Civil Veterinary Dept. North-West Frontier Province 1923-32 - 1923-1932
Year: 1923
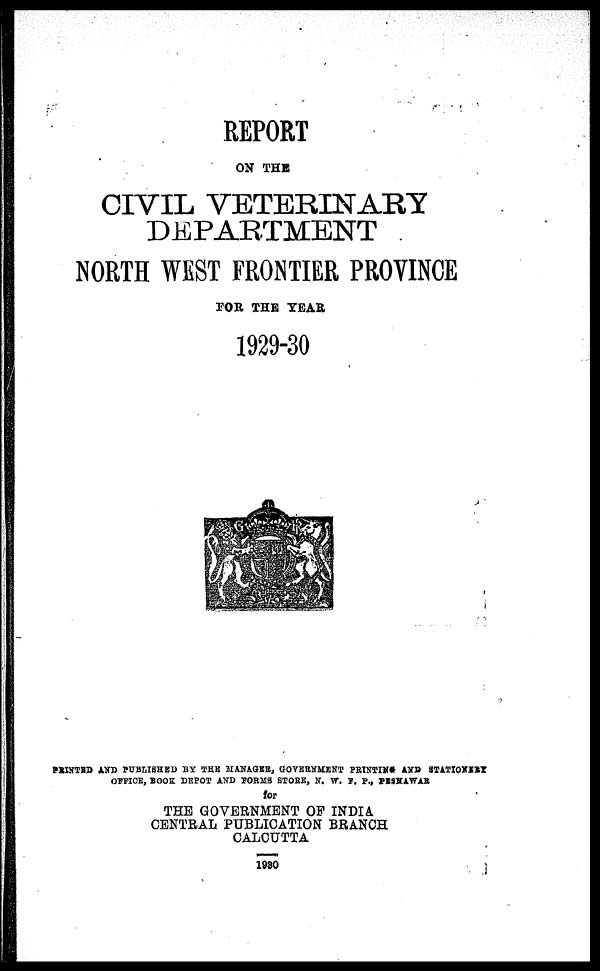
REPORT
ON THE
CIVIL VETERINARY
DEPARTMENT
NORTH WEST FRONTIER PROVINCE
FOR THE YEAR
1929-30
PRINTED AND PUBLISHED BY THE MANAGER, GOVERNMENT PRINTING AND STATIONERY
OFFICE, BOOK DEPOT AND FORMS STORE, N.W.F.P., PESHAWAR
for
THE GOVERNMENT OF INDIA
CENTRAL PUBLICATION BRANCH
CALCUTTA
1980